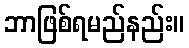
ဘာဖြစ်ရမည်နည်း။